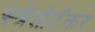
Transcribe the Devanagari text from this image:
स्त्रेतोटेंकर